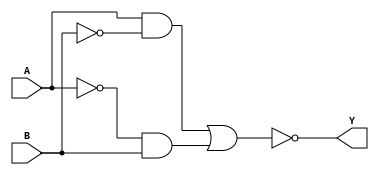
module XOR_gate(
    input A,
    input B,
    output Y
);

wire out_and1, out_and2, out_or;

assign out_and1 = A & ~B;
assign out_and2 = ~A & B;
assign out_or = out_and1 | out_and2;
assign Y = ~out_or;

endmodule